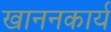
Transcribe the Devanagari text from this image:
खाननकार्य